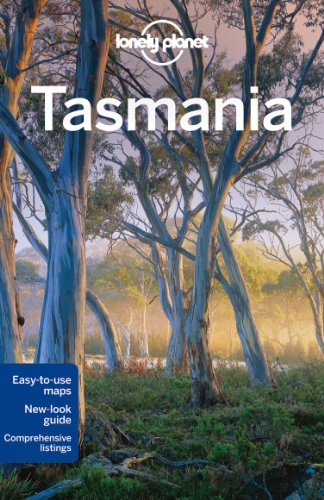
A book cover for Lonely Planet Tasmania (Travel Guide); Lonely Planet; Travel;